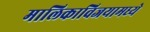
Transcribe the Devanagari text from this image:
मालिकाविजयामध्ये